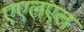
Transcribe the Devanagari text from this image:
एएलएल